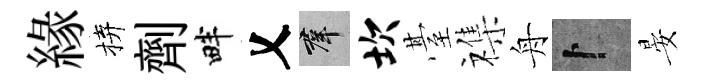
緣拚劑畔乂群坎䑓襍舟卜晏